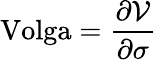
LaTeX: {\textrm{Volga}}={\frac{\partial{\mathcal{V}}}{\partial\sigma}}